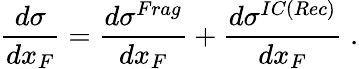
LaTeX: \frac{d\sigma}{dx_{F}}=\frac{d\sigma^{Frag}}{dx_{F}}+\frac{d\sigma^{IC(Rec)}}{dx_{F}}\; .